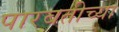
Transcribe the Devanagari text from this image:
पारबतीच्या